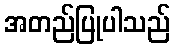
အတည်ပြုပါသည်